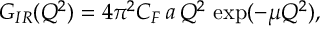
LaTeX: G _ { I R } ( Q ^ { 2 } ) = { 4 \pi ^ { 2 } C _ { F } } \, a \, Q ^ { 2 } \, \exp ( - \mu Q ^ { 2 } ) ,